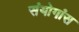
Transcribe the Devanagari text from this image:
संयोगांस